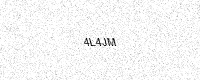
Text: 4L4JM